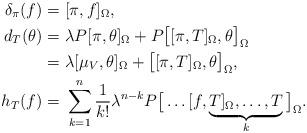
LaTeX: \begin{align*}\delta_\pi(f)=& \ [\pi, f]_{\Omega},\\d_T(\theta)=& \ \lambda P[\pi, \theta]_{\Omega}+P\big[[\pi, T]_{\Omega}, \theta\big]_{\Omega}\\=&\ \lambda[\mu_V, \theta]_{\Omega}+\big[[\pi, T]_{\Omega}, \theta\big]_{\Omega},\\h_T(f)=& \ \sum_{k=1}^n\frac{1}{k!}\lambda^{n-k}P\big[\ldots[f, \underbrace{T]_{\Omega},\ldots, T}_k\big]_{\Omega}.\end{align*}